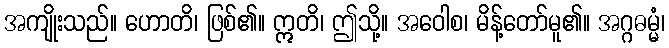
အကျိုးသည်။ ဟောတိ၊ ဖြစ်၏။ ဣတိ၊ ဤသို့။ အဝေါစ၊ မိန့်တော်မူ၏။ အဂ္ဂဓမ္မံ၊